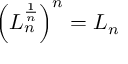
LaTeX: \left( L _ { n } ^ { \frac { 1 } { n } } \right) ^ { n } = L _ { n }